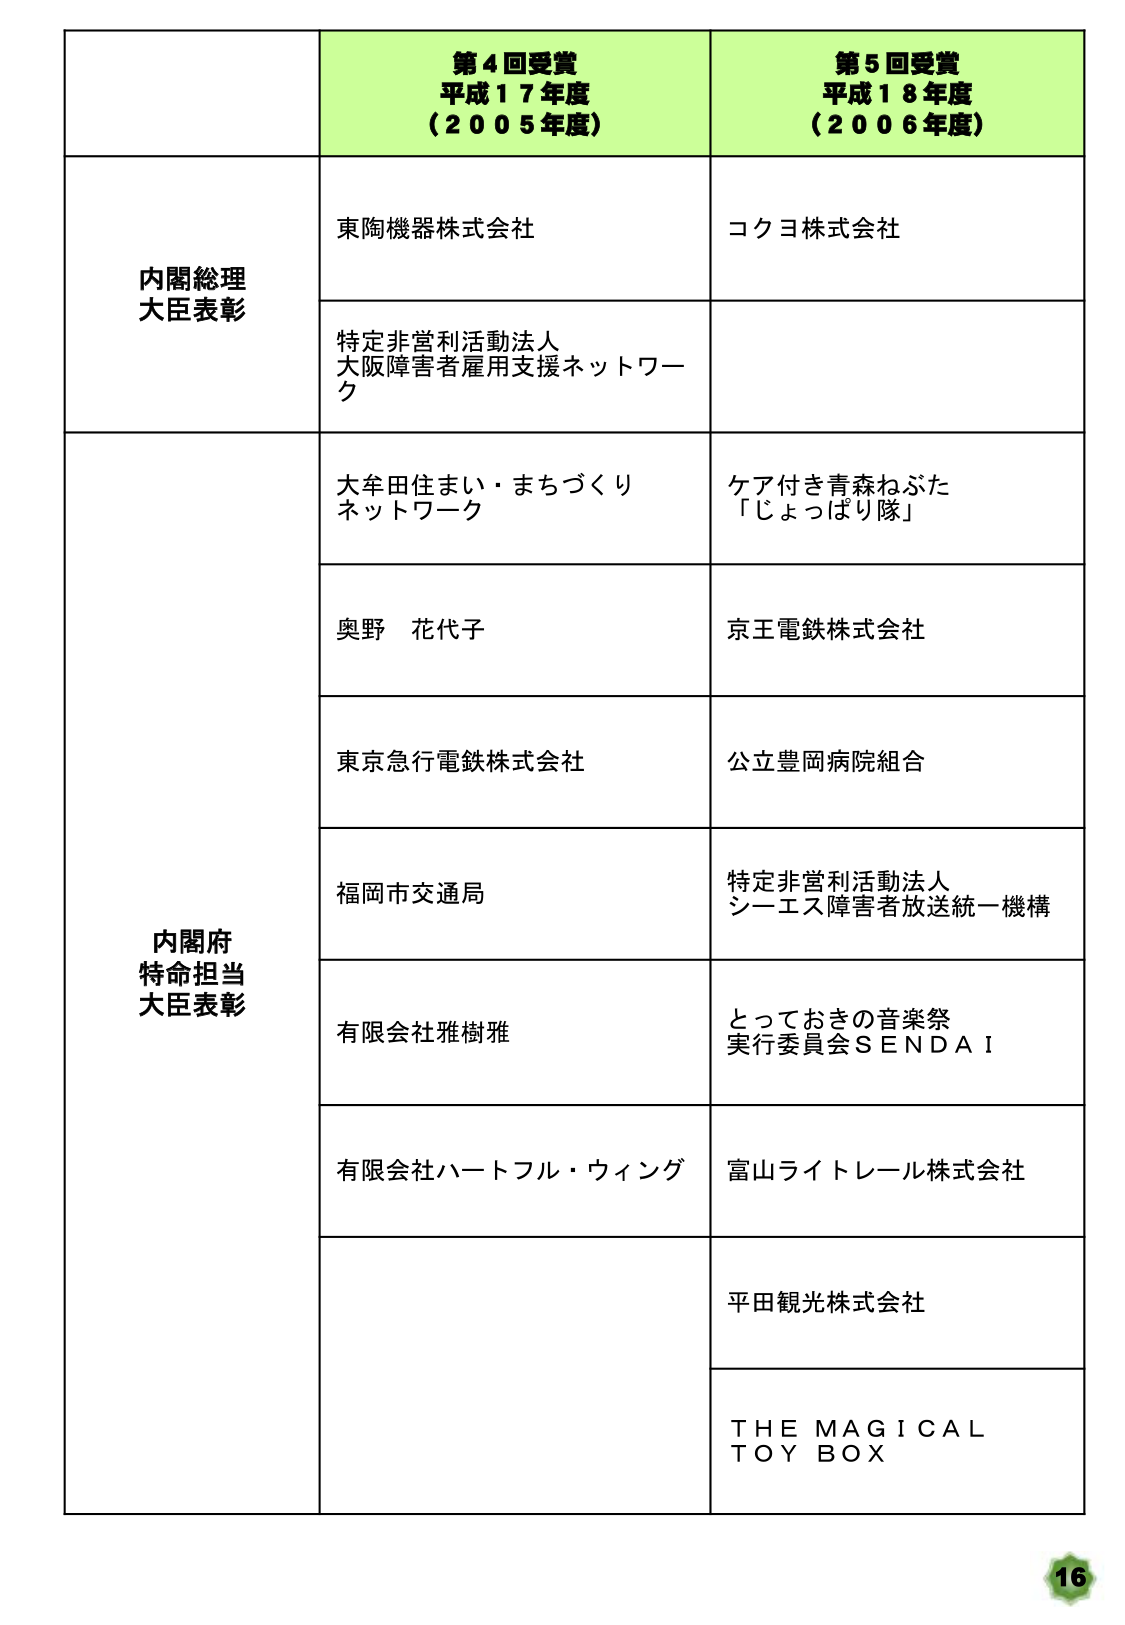
第４回受賞
平成１７年度
（２００５年度）

第５回受賞
平成１８年度
（２００６年度）

内閣総理大臣表彰
東陶機器株式会社
特定非営利活動法人
大阪障害者雇用支援ネットワーク
コクヨ株式会社

内閣府特命担当大臣表彰
大牟田住まい・まちづくりネットワーク
奥野 花代子
東京急行電鉄株式会社
福岡市交通局
有限会社雅樹雅
有限会社ハートフル・ウィング
ケア付き青森ねぶた
「じょっぱり隊」
京王電鉄株式会社
公立豊岡病院組合
特定非営利活動法人
シーエス障害者放送統一機構
とっておきの音楽祭
実行委員会ＳＥＮＤＡＩ
富山ライトレール株式会社
平田観光株式会社
ＴＨＥ ＭＡＧＩＣＡＬ
ＴＯＹ ＢＯＸ

16